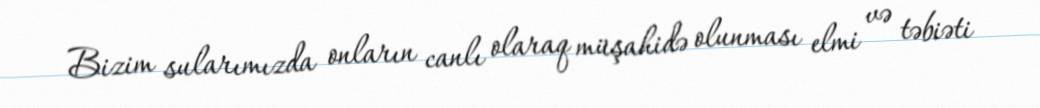
Bizim sularımızda onların canlı olaraq müşahidə olunması elmi və təbiəti